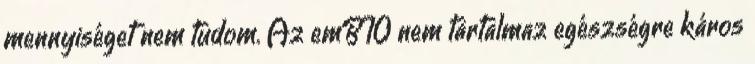
mennyiséget nem tudom. Az emBIO nem tartalmaz egészségre káros